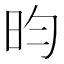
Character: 昀